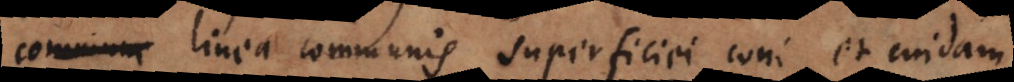
linea communis superficiei coni et cuidam